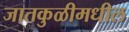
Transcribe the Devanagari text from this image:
जातकुळीमधील